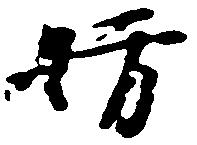
妨